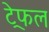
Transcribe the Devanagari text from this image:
ट्रेफल